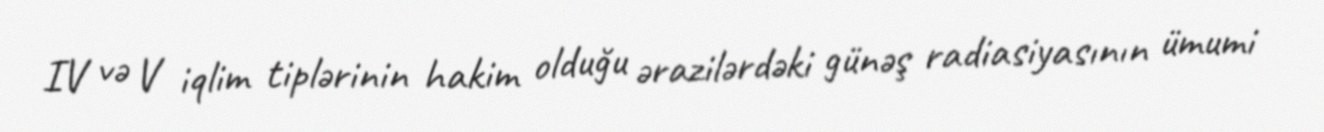
IV və V iqlim tiplərinin hakim olduğu ərazilərdəki günəş radiasiyasının ümumi